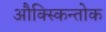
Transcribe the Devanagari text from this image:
औक्स्किन्तोक